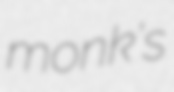
monk's